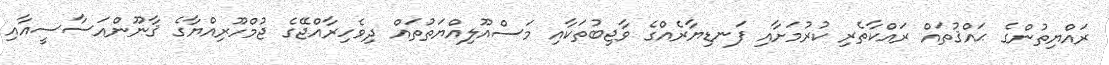
ރައްޔިތުންގެ ޙައްޤުތައް ރައްކާތެރި ކުރުމަށާއި ފަނޑިޔާރެއްގެ ވާޖިބުތަކާއި މަސްއޫލިއްޔަތުތައް ދިވެހިރާއްޖޭގެ ޖުމްހޫރިއްޔާގެ ޤާނޫންއަސާސީއާއި